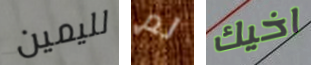
لليمين لم اخيك